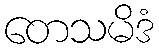
တေသမိဒံ